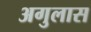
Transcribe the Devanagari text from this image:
अगुलास